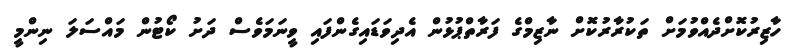
ހާޒިރުކޮށްދެއްވުމަށް ތަކުރާރުކޮށް ނާޒިމްގެ ފަރާތްޕުޅުން އެދިވަޑައިގެންފައި ވީނަމަވެސް ދަށު ކޯޓުން މައްސަލަ ނިންމީ